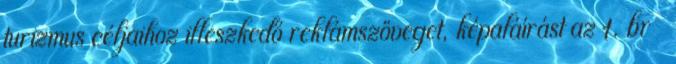
turizmus céljaihoz illeszkedő reklámszöveget, képaláírást az 1. br